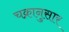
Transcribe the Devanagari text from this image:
चक्रानुसार